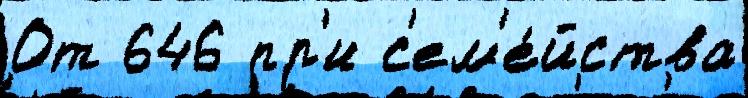
От 646 пр'и с'ем'е́йства